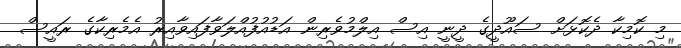
މި ކޮމިކާ ދެކޮޅަށް ސައޫދީގެ ދީނީ އިސް އިލްމުވެރިން އަޑުއުފުއްލަވާފައިވާއިރު އެމެރިކާގެ ރައީސް